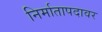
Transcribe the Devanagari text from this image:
निर्मातापदावर